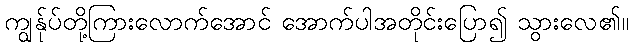
ကျွန်ုပ်တို့ကြားလောက်အောင် အောက်ပါအတိုင်းပြော၍ သွားလေ၏။